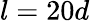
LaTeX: l=20d